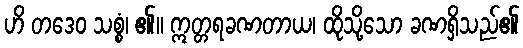
ဟိ တဒေဝ သစ္စံ၊ ၏။ ဣတ္တရခဏတာယ၊ ထိုသို့သော ခဏရှိသည်၏